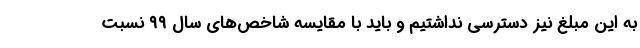
به این مبلغ نیز دسترسی نداشتیم و باید با مقایسه شاخص‌های سال ۹۹ نسبت